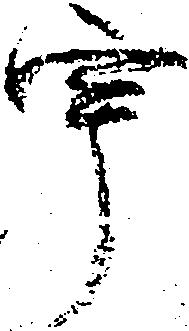
宇